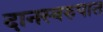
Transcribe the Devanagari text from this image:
दानस्वरुपात